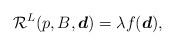
LaTeX: \begin{align*}\mathcal {R}^L(p, B, \boldsymbol{d})=\lambda f(\boldsymbol{d}),\end{align*}